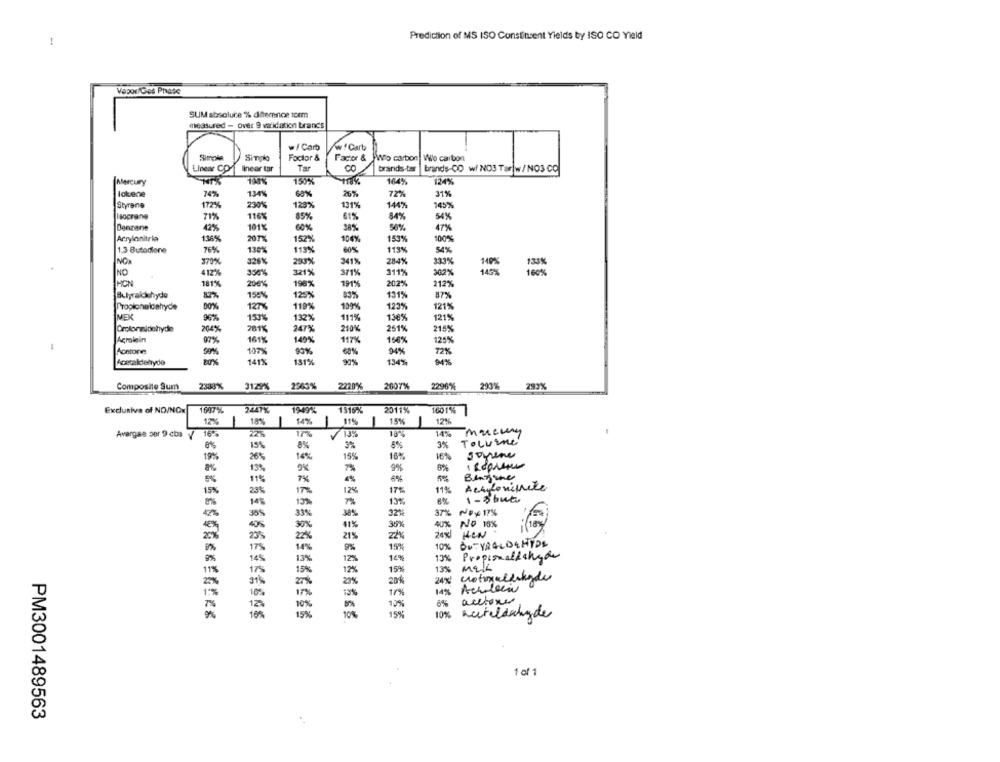
Prediction of MS ISO Constituent Yields by ISO CO Yield
Vapor/Ges Phase
SUM absolute % diference torm
measured - over 9 validation brands
w/ Carb
w! Carb
Simple
Simpo
Factor &
Factor & Wo carbon Wie carbon
Linear CO
linear tar
Tar
CO
brands-tar
brands-CO w/ NO3 Tar|w / NO3 CO
Mercury
150%
164%
124%
lokene
24%
134%
68%
26%
72%
31%
Styrene
172%
230%
129%
131%
144%
145%
Isocrang
71%
116%
85%
61%
4%
Denzane
12%
60%
56%
47%
Arrylonitria
15%
101%
38%
207%
152%
10%
153%
100%
1.3 Butadiene
76%
130%
119%
60%
113%
4%
379%
326%
293%
284%
NO.
341%
333%
133%
NO
412%
356%
321%
371%
311%
HON
181%
200%
196%
191%
202%
212%
87%
158%
125%
83%
131%
87%
Propionaldehyde
00%
127%
119%
199%
123%
121%
MEX
96%
153%
132%
111%
136%
121%
Orcloraldehyde
264%
281%
247%
210%
251%
215%
Acrolein
97%
161%
149%
117%
156%
125%
Aontone
107%
90%
60%
72%
Acetaldelyda
141%
131%
134%
Composite Sum
2333%
3129%
2963%
2220%
2607%
2296%
293%
Exclusive of NO/NCx
1647%
2447%
1516%
2011%
1601%
12%
-
18%
14%
1 15
15%
12%
Avargae por 9 cba / 16%
13%
18-%
14%
Tolvine
15%
8%
3%
8%
3%
19%
26%
14%
15%
16%
8%
13%
9%
6%
11%
6%
11%
15%
23%
12%
17%
14
13%
8%
1- 5 but
33%
32%
37% PPY 17%
30%
41%
35%
40% NO 15%
18%
21%
zł
9%
15%
14%
13% Propiomaffshyde
12%
12%
15%
13% mais
20%
14% Achdecir
6%
acetone
10%
15%
10%
nesteldahyde
1 of 1
PM3001489563